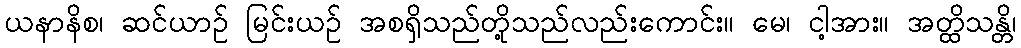
ယနာနိစ၊ ဆင်ယာဉ် မြင်းယဉ် အစရှိသည်တို့သည်လည်းကောင်း။ မေ၊ ငါ့အား။ အတ္ထိသန္တိ၊